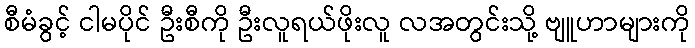
စီမံခွင့် ငါမပိုင် ဦးစီကို ဦးလူရယ်ဖိုးလူ လအတွင်းသို့ ဗျူဟာများကို